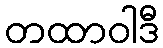
တထာဝါဒီ